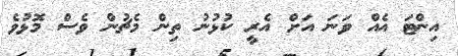
އިންޓަ އެއް ވަނަ އަށް އެރީ ކުޅުނު ތިން މެޗުން ވެސް މޮޅުވެ